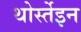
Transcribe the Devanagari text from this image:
थोर्स्तेइन